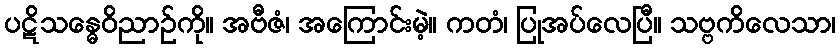
ပဋိသန္ဓေဝိညာဉ်ကို။ အဗီဇံ၊ အကြောင်းမဲ့။ ကတံ၊ ပြုအပ်လေပြီ။ သဗ္ဗကိလေသာ၊